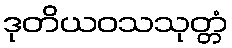
ဒုတိယဝသသုတ္တံ